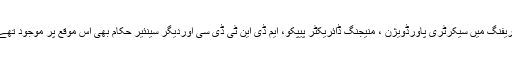
بریفنگ میں سیکرٹری پاورڈویژن ، منیجنگ ڈائریکٹر پیپکو، ایم ڈی این ٹی ڈی سی اوردیگر سینئیر حکام بھی اس موقع پر موجود تھے۔